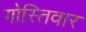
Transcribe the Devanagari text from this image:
गोस्तिवार